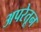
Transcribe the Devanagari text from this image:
अपरेतून